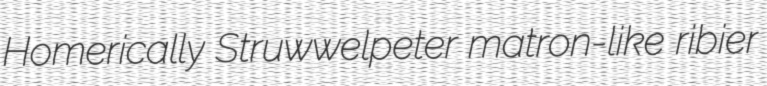
Homerically Struwwelpeter matron-like ribier